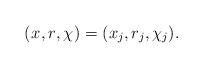
LaTeX: \begin{align*}\left(x_{}, r_{}, \chi_{}\right) =(x_j,r_j,\chi_j).\end{align*}